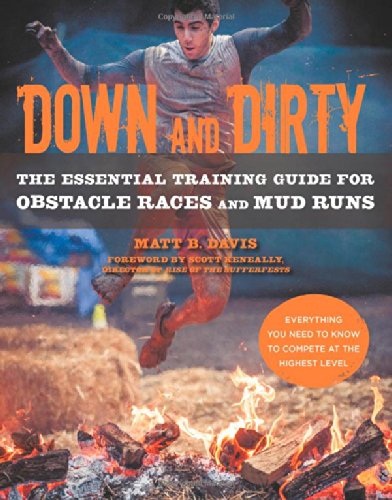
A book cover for Down and Dirty: The Essential Training Guide for Obstacle Races and Mud Runs; Matt B. Davis; Sports & Outdoors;